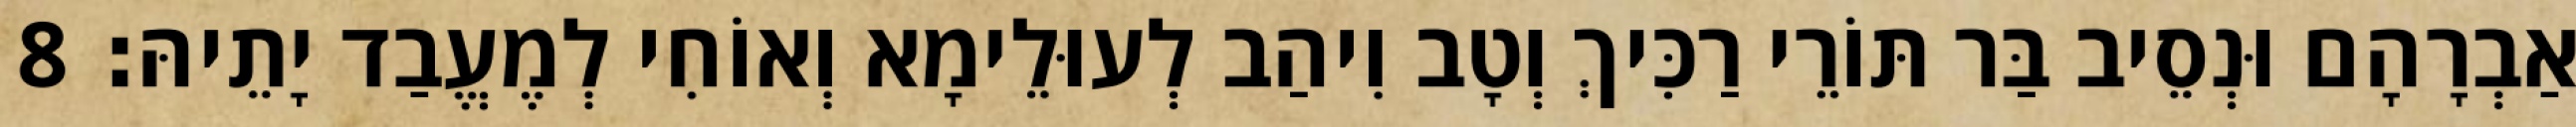
אַבְרָהָם וּנְסֵיב בַּר תּוֹרֵי רַכִּיךְ וְטָב וִיהַב לְעוּלֵימָא וְאוֹחִי לְמֶעֱבַד יָתֵיהּ׃ 8